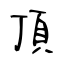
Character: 頂